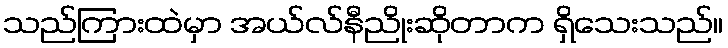
သည်ကြားထဲမှာ အယ်လ်နီညိုးဆိုတာက ရှိသေးသည်။